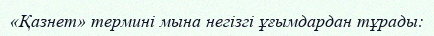
«Қазнет» термині мына негізгі ұғымдардан тұрады: